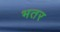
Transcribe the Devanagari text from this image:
भतर